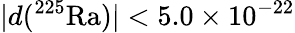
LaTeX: |d(^{225}\mathrm{{Ra})|<5.0\times 10^{-22}}